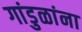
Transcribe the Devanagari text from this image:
गांडुळांना